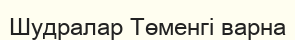
Шудралар Төменгі варна